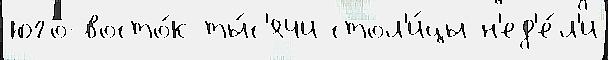
юго-восто́к ты́с'ячи стол'и́цы н'ед'е́л'и